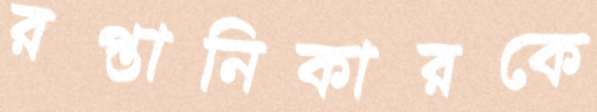
রপ্তানিকারকে